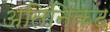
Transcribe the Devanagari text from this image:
अतिनिकट